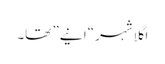
اگلا شہر “انیے” تھا۔